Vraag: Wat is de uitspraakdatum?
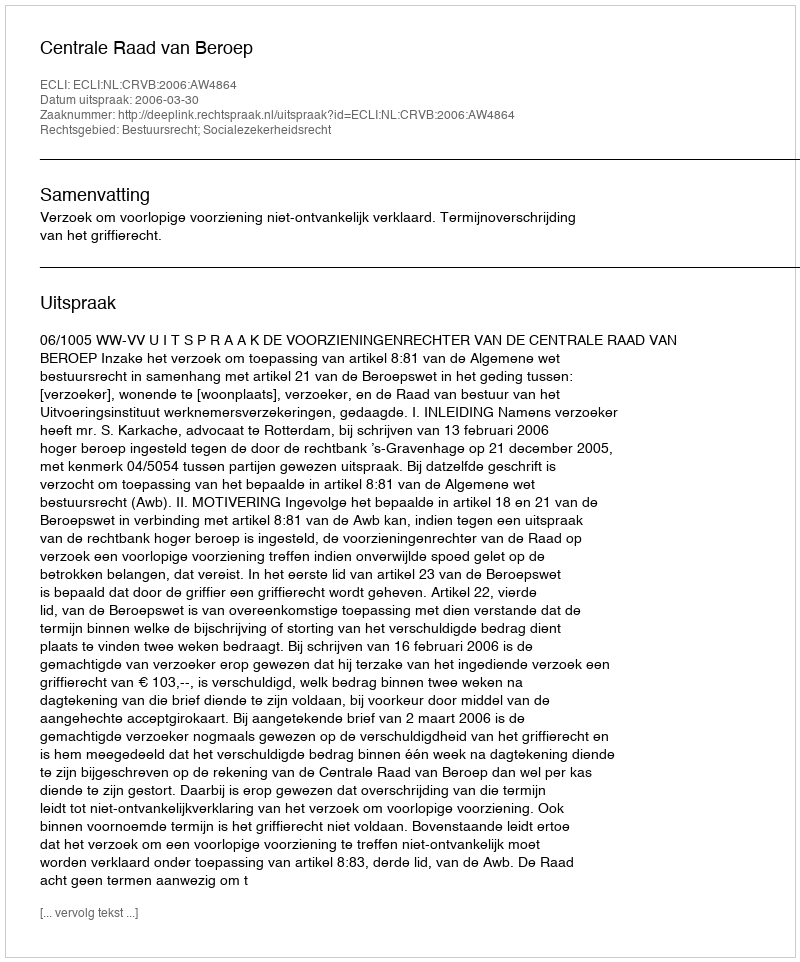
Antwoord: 2006-03-30